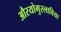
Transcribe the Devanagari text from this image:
औरयोगुस्लाविया